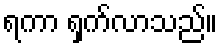
ရကာ ရှက်လာသည်။